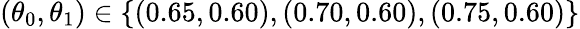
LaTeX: (\theta_{0},\theta_{1})\in\{ (0.65,0.60),(0.70,0.60),(0.75,0.60)\}